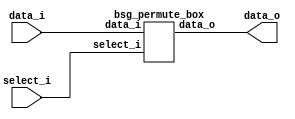


module top
(
  data_i,
  select_i,
  data_o
);

  input [15:0] data_i;
  input [31:0] select_i;
  output [15:0] data_o;

  bsg_permute_box
  wrapper
  (
    .data_i(data_i),
    .select_i(select_i),
    .data_o(data_o)
  );


endmodule



module bsg_permute_box
(
  data_i,
  select_i,
  data_o
);

  input [15:0] data_i;
  input [31:0] select_i;
  output [15:0] data_o;
  wire [15:0] data_o;
  assign data_o[15] = data_i[15];
  assign data_o[14] = data_i[14];
  assign data_o[13] = data_i[13];
  assign data_o[12] = data_i[12];
  assign data_o[11] = data_i[11];
  assign data_o[10] = data_i[10];
  assign data_o[9] = data_i[9];
  assign data_o[8] = data_i[8];
  assign data_o[7] = data_i[7];
  assign data_o[6] = data_i[6];
  assign data_o[5] = data_i[5];
  assign data_o[4] = data_i[4];
  assign data_o[3] = data_i[3];
  assign data_o[2] = data_i[2];
  assign data_o[1] = data_i[1];
  assign data_o[0] = data_i[0];

endmodule